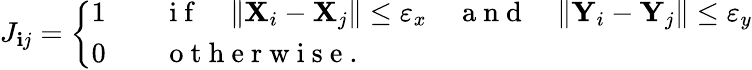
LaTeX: J_{\mathbf{i}j}=\left\{ \begin{array}{ll}{1}&{\quad\mathrm{~i~f~}\quad\| \mathbf{X}_{i}-\mathbf{X}_{j}\| \leq\varepsilon_{x}\quad\mathrm{~a~n~d~}\quad\| \mathbf{Y}_{i}-\mathbf{Y}_{j}\| \leq\varepsilon_{y}}\\ {0}&{\quad\mathrm{~o~t~h~e~r~w~i~s~e~}.}\end{array}\right.